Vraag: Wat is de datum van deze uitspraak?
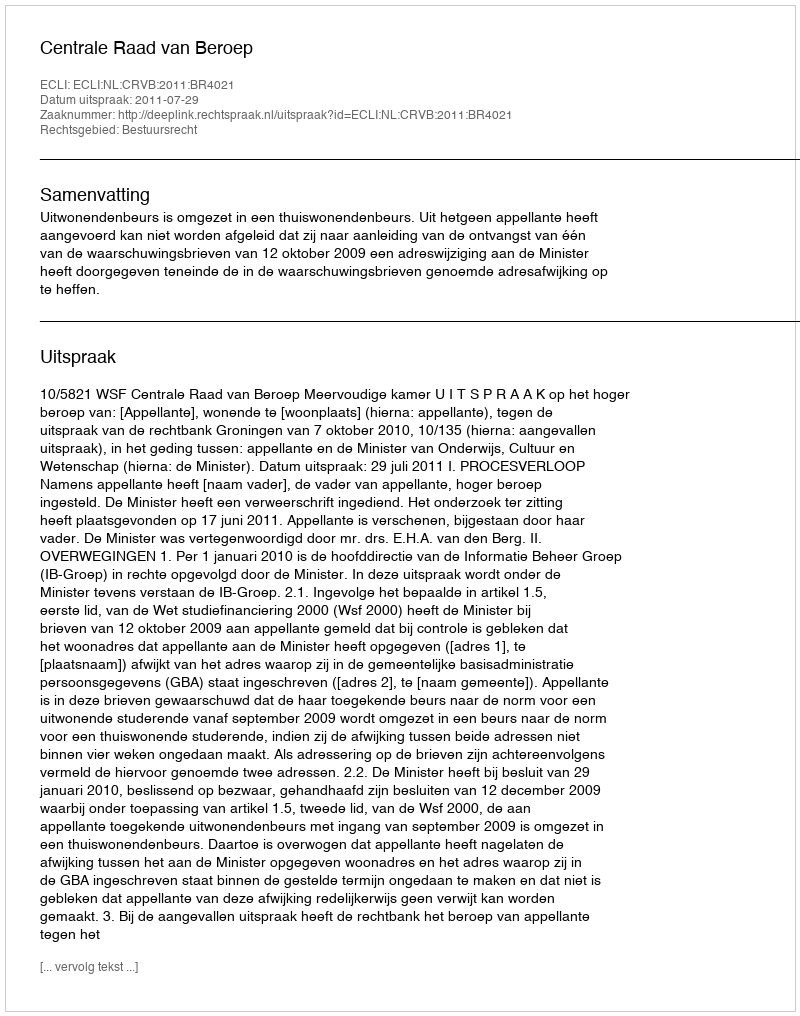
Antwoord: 2011-07-29